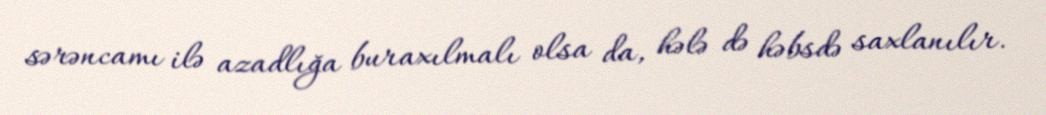
sərəncamı ilə azadlığa buraxılmalı olsa da, hələ də həbsdə saxlanılır.